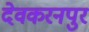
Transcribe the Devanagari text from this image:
देवकरनपुर